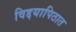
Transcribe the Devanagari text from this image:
विद्दयापिठात